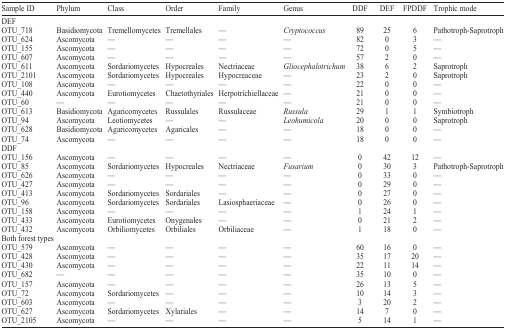
<table><thead><tr><td><b>Sample ID</b></td><td><b>Phylum</b></td><td><b>Class</b></td><td><b>Order</b></td><td><b>Family</b></td><td><b>Genus</b></td><td><b>DDF</b></td><td><b>DEF</b></td><td><b>FPDDF</b></td><td><b>Trophic mode</b></td></tr></thead><tbody><tr><td colspan="10">DEF</td></tr><tr><td>OTU_718</td><td>Basidiomycota</td><td>Tremellomycetes</td><td>Tremellales</td><td>—</td><td><i>Cryptococcus</i></td><td>89</td><td>25</td><td>6</td><td>Pathotroph-Saprotroph</td></tr><tr><td>OTU_624</td><td>Ascomycota</td><td>—</td><td>—</td><td>—</td><td>—</td><td>82</td><td>0</td><td>3</td><td>—</td></tr><tr><td>OTU_155</td><td>Ascomycota</td><td>—</td><td>—</td><td>—</td><td>—</td><td>72</td><td>0</td><td>5</td><td>—</td></tr><tr><td>OTU_607</td><td>Ascomycota</td><td>—</td><td>—</td><td>—</td><td>—</td><td>57</td><td>2</td><td>0</td><td>—</td></tr><tr><td>OTU_611</td><td>Ascomycota</td><td>Sordariomycetes</td><td>Hypocreales</td><td>Nectriaceae</td><td><i>Gliocephalotrichum</i></td><td>38</td><td>6</td><td>2</td><td>Saprotroph</td></tr><tr><td>OTU_2101</td><td>Ascomycota</td><td>Sordariomycetes</td><td>Hypocreales</td><td>Hypocreaceae</td><td>—</td><td>23</td><td>2</td><td>0</td><td>Saprotroph</td></tr><tr><td>OTU_108</td><td>Ascomycota</td><td>—</td><td>—</td><td>—</td><td>—</td><td>22</td><td>0</td><td>0</td><td>—</td></tr><tr><td>OTU_440</td><td>Ascomycota</td><td>Eurotiomycetes</td><td>Chaetothyriales</td><td>Herpotrichiellaceae</td><td>—</td><td>21</td><td>0</td><td>0</td><td>—</td></tr><tr><td>OTU_60</td><td>—</td><td>—</td><td>—</td><td>—</td><td>—</td><td>21</td><td>0</td><td>0</td><td>—</td></tr><tr><td>OTU_613</td><td>Basidiomycota</td><td>Agaricomycetes</td><td>Russulales</td><td>Russulaceae</td><td><i>Russula</i></td><td>29</td><td>1</td><td>1</td><td>Symbiotroph</td></tr><tr><td>OTU_94</td><td>Ascomycota</td><td>Leotiomycetes</td><td>—</td><td>—</td><td><i>Leohumicola</i></td><td>20</td><td>0</td><td>0</td><td>Saprotroph</td></tr><tr><td>OTU_628</td><td>Basidiomycota</td><td>Agaricomycetes</td><td>Agaricales</td><td>—</td><td>—</td><td>18</td><td>0</td><td>0</td><td>—</td></tr><tr><td>OTU_74</td><td>Ascomycota</td><td>—</td><td>—</td><td>—</td><td>—</td><td>18</td><td>0</td><td>0</td><td>—</td></tr><tr><td colspan="10">DDF</td></tr><tr><td>OTU_156</td><td>Ascomycota</td><td>—</td><td>—</td><td>—</td><td>—</td><td>0</td><td>42</td><td>12</td><td>—</td></tr><tr><td>OTU_85</td><td>Ascomycota</td><td>Sordariomycetes</td><td>Hypocreales</td><td>Nectriaceae</td><td><i>Fusarium</i></td><td>0</td><td>30</td><td>3</td><td>Pathotroph-Saprotroph</td></tr><tr><td>OTU_626</td><td>Ascomycota</td><td>—</td><td>—</td><td>—</td><td>—</td><td>0</td><td>33</td><td>0</td><td>—</td></tr><tr><td>OTU_427</td><td>Ascomycota</td><td>—</td><td>—</td><td>—</td><td>—</td><td>0</td><td>29</td><td>0</td><td>—</td></tr><tr><td>OTU_413</td><td>Ascomycota</td><td>Sordariomycetes</td><td>Sordariales</td><td>—</td><td>—</td><td>0</td><td>27</td><td>0</td><td>—</td></tr><tr><td>OTU_96</td><td>Ascomycota</td><td>Sordariomycetes</td><td>Sordariales</td><td>Lasiosphaeriaceae</td><td>—</td><td>0</td><td>26</td><td>0</td><td>—</td></tr><tr><td>OTU_158</td><td>Ascomycota</td><td>—</td><td>—</td><td>—</td><td>—</td><td>1</td><td>24</td><td>1</td><td>—</td></tr><tr><td>OTU_433</td><td>Ascomycota</td><td>Eurotiomycetes</td><td>Onygenales</td><td>—</td><td>—</td><td>0</td><td>21</td><td>2</td><td>—</td></tr><tr><td>OTU_432</td><td>Ascomycota</td><td>Orbiliomycetes</td><td>Orbiliales</td><td>Orbiliaceae</td><td>—</td><td>1</td><td>18</td><td>0</td><td>—</td></tr><tr><td colspan="10">Both forest types</td></tr><tr><td>OTU_579</td><td>Ascomycota</td><td>—</td><td>—</td><td>—</td><td>—</td><td>60</td><td>16</td><td>0</td><td>—</td></tr><tr><td>OTU_428</td><td>Ascomycota</td><td>—</td><td>—</td><td>—</td><td>—</td><td>35</td><td>17</td><td>20</td><td>—</td></tr><tr><td>OTU_430</td><td>Ascomycota</td><td>—</td><td>—</td><td>—</td><td>—</td><td>22</td><td>11</td><td>14</td><td>—</td></tr><tr><td>OTU_682</td><td>—</td><td>—</td><td>—</td><td>—</td><td>—</td><td>35</td><td>10</td><td>0</td><td>—</td></tr><tr><td>OTU_157</td><td>Ascomycota</td><td>—</td><td>—</td><td>—</td><td>—</td><td>26</td><td>13</td><td>5</td><td>—</td></tr><tr><td>OTU_72</td><td>Ascomycota</td><td>Sordariomycetes</td><td>—</td><td>—</td><td>—</td><td>10</td><td>14</td><td>3</td><td>—</td></tr><tr><td>OTU_603</td><td>Ascomycota</td><td>—</td><td>—</td><td>—</td><td>—</td><td>3</td><td>20</td><td>2</td><td>—</td></tr><tr><td>OTU_627</td><td>Ascomycota</td><td>Sordariomycetes</td><td>Xylariales</td><td>—</td><td>—</td><td>14</td><td>7</td><td>0</td><td>—</td></tr><tr><td>OTU_2105</td><td>Ascomycota</td><td>—</td><td>—</td><td>—</td><td>—</td><td>5</td><td>14</td><td>1</td><td>—</td></tr></tbody></table>